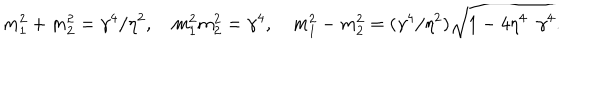
LaTeX: m _ { 1 } ^ { 2 } + m _ { 2 } ^ { 2 } = \gamma ^ { 4 } / \eta ^ { 2 } , \quad m _ { 1 } ^ { 2 } m _ { 2 } ^ { 2 } = \gamma ^ { 4 } , \quad m _ { 1 } ^ { 2 } - m _ { 2 } ^ { 2 } = ( \gamma ^ { 4 } / \eta ^ { 2 } ) \sqrt { 1 - 4 \eta ^ { 4 } / \gamma ^ { 4 } } .